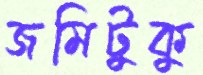
জমিটুকু